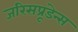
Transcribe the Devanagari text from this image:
जरिसप्रूडेन्स